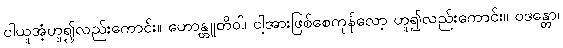
ငါယူအံ့ဟူ၍လည်းကောင်း။ ဟောန္တူတိဝါ၊ ငါ့အားဖြစ်စေကုန်လော့ ဟူ၍လည်းကောင်း။ ဝဒန္တော၊